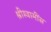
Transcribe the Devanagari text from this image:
श्रीस्वामींस